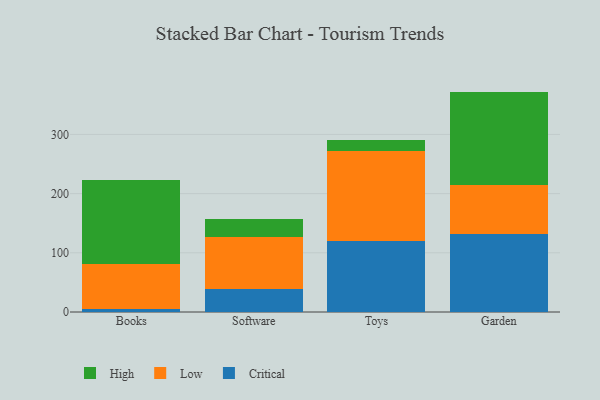
{"axis": {"x": "Category", "y": "Humidity (%)"}, "legend": ["Critical", "High", "Low"], "data": [{"x": "Books", "y": 5.1, "type": "Critical"}, {"x": "Books", "y": 76.7, "type": "Low"}, {"x": "Books", "y": 140.8, "type": "High"}, {"x": "Software", "y": 39.4, "type": "Critical"}, {"x": "Software", "y": 87.5, "type": "Low"}, {"x": "Software", "y": 31.0, "type": "High"}, {"x": "Toys", "y": 119.9, "type": "Critical"}, {"x": "Toys", "y": 151.4, "type": "Low"}, {"x": "Toys", "y": 19.7, "type": "High"}, {"x": "Garden", "y": 131.9, "type": "Critical"}, {"x": "Garden", "y": 82.3, "type": "Low"}, {"x": "Garden", "y": 158.1, "type": "High"}]}